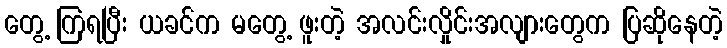
တွေ့ ကြရပြီး ယခင်က မတွေ့ ဖူးတဲ့ အလင်းလှိုင်းအလျားတွေက ပြဆိုနေတဲ့